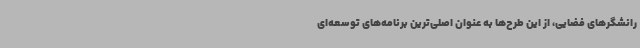
رانشگرهای فضایی، از این طرح‌ها به عنوان اصلی‌ترین برنامه‌های توسعه‌ای